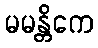
မမန္တိကေ